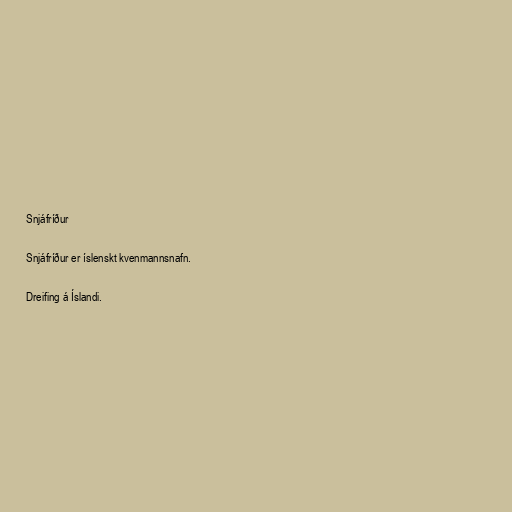
Snjáfríður

Snjáfríður er íslenskt kvenmannsnafn.

Dreifing á Íslandi.